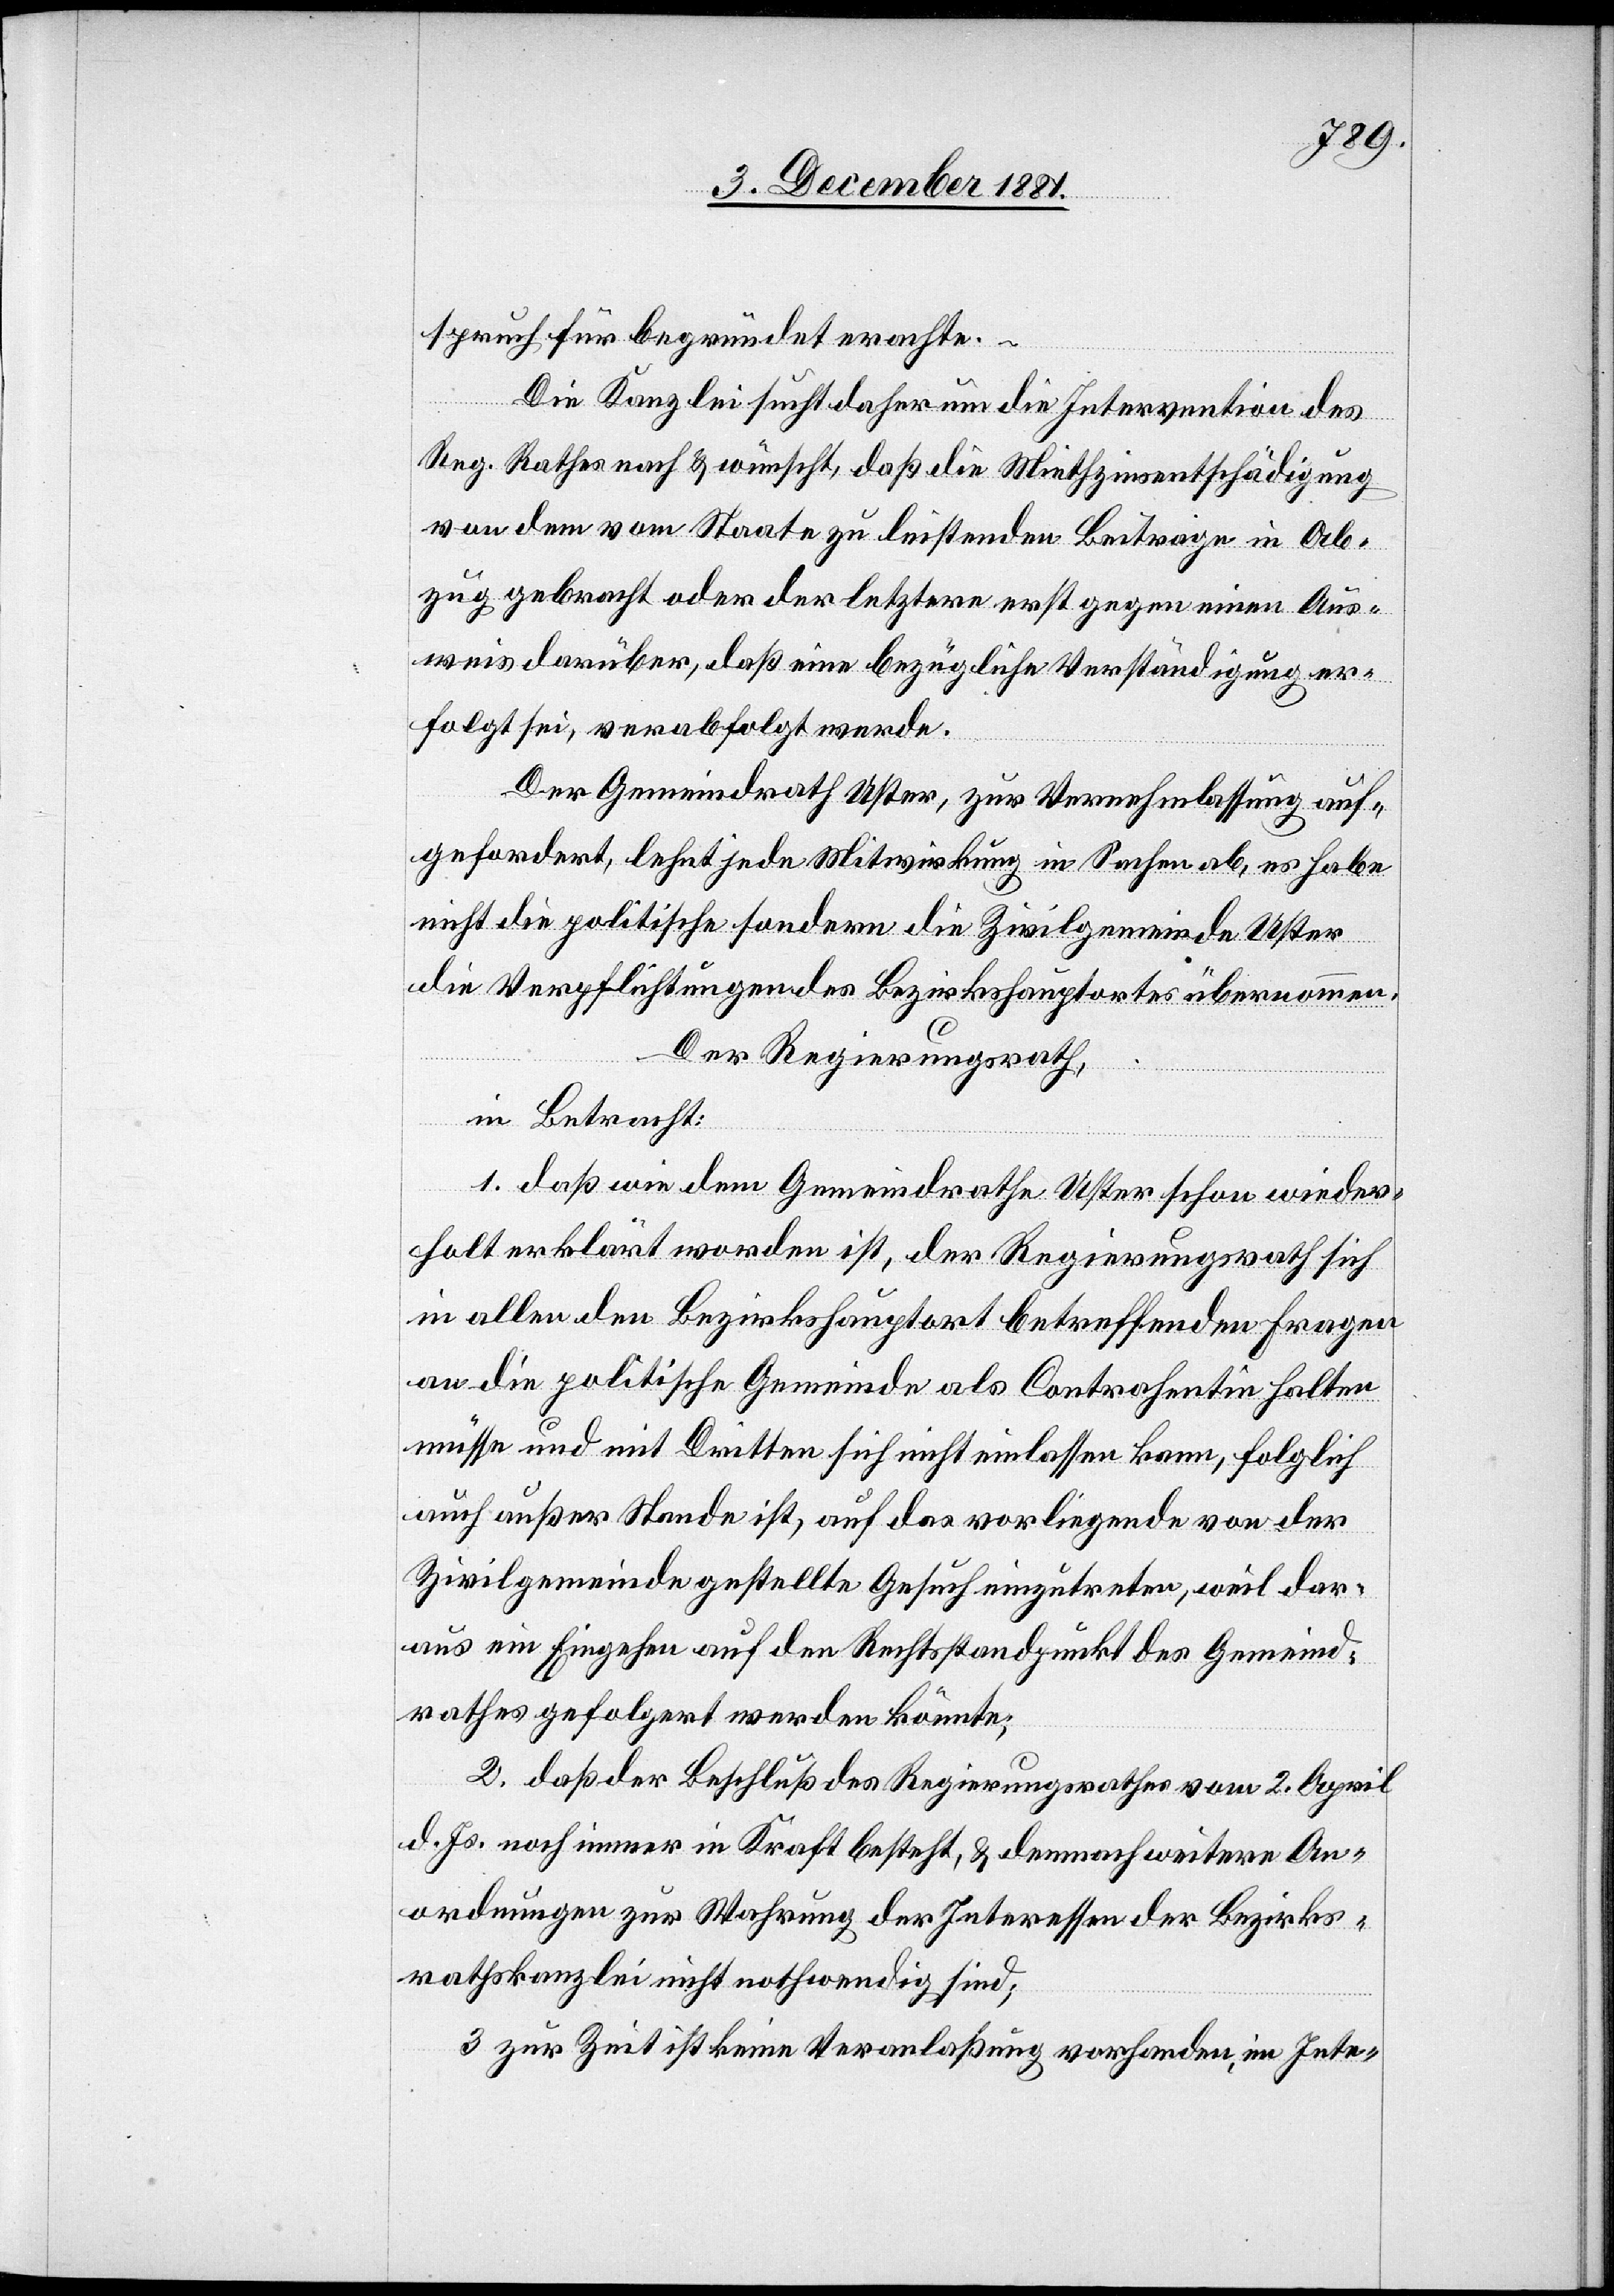
spruch für begründet erachte.
–
Die Kanzlei sucht daher um die Intervention des
Reg. Rathes nach & wünscht, daß die Miethzinsentschädigung
von dem vom Staate zu leistenden Beitrage in Ab¬
zug gebracht oder der letztere erst gegen einen Aus¬
weis darüber, daß eine bezügliche Verständigung er¬
folgt sei, verabfolgt werde.
Der Gemeindrath Uster, zur Vernehmlassung auf¬
gefordert, lehnt jede Mitwirkung in Sachen ab, es habe
nicht die politische sondern die Zivilgemeinde Uster
die Verpflichtungen des Bezirkshauptortes übernommen.
Der Regierungsrath,
in Betracht:
1. daß wie dem Gemeindrathe Uster schon wieder¬
holt erklärt worden ist, der Regierungsrath sich
in allen den Bezirkshauptort betreffenden Fragen
an die politische Gemeinde als Contrahentin halten
müsse und mit Dritten sich nicht einlassen kann, folglich
auch außer Stande ist, auf das vorliegende von der
Zivilgemeinde gestellte Gesuch einzutreten, weil dar¬
aus ein Eingehen auf den Rechtsstandpunkt des Gemeind¬
rathes gefolgert werden könnte;
2. daß der Beschluß des Regierungsrathes vom 2. April
d. Js. noch immer in Kraft besteht, & demnach weitere Aen¬
derungen zur Wahrung der Interessen der Bezirks¬
rathskanzlei nicht nothwendig sind;
3. zur Zeit ist keine Veranlaßung vorhanden, im Inte-